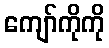
ကျော်ကိုကို